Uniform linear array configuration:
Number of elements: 24
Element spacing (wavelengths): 0.5
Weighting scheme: binomial
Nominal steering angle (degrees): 60
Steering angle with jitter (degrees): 58.113
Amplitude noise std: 0.05
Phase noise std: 0.05

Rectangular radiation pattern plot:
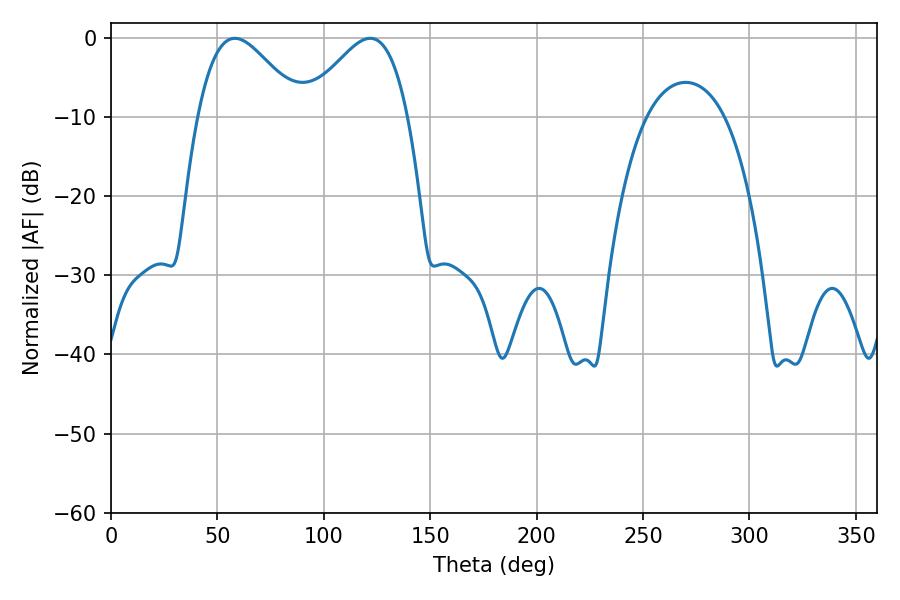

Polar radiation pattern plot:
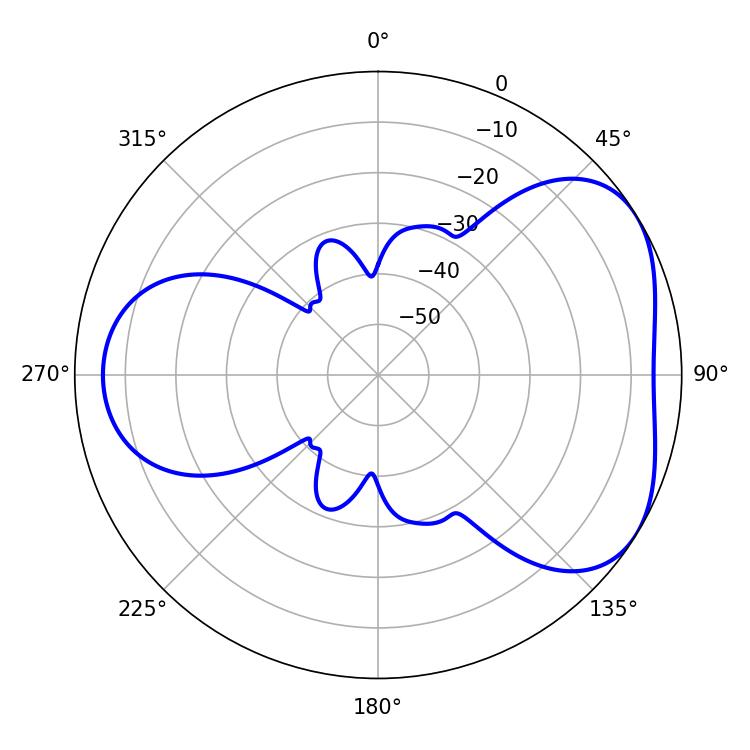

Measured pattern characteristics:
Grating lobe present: FALSE
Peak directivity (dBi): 4.422
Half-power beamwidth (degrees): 25.74
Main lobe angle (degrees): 58.14